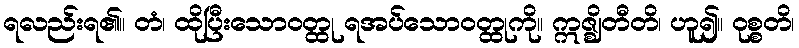
ရလည်းရ၏။ တံ၊ ထိုပြီးသောဝတ္ထု ရအပ်သောဝတ္ထုကို။ ဣဇ္ဈိတီတိ၊ ဟူ၍။ ဝုစ္စတိ၊